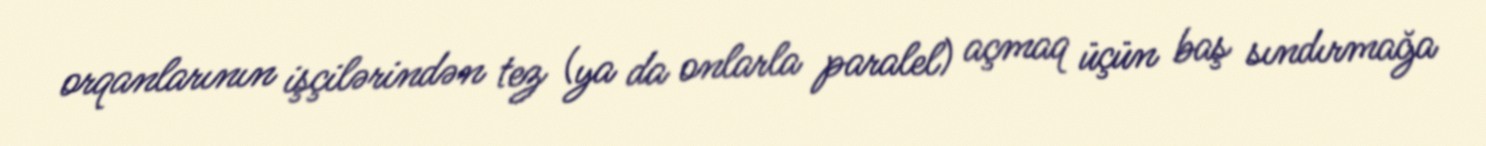
orqanlarının işçilərindən tez (ya da onlarla paralel) açmaq üçün baş sındırmağa